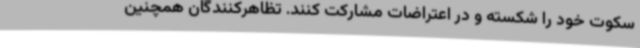
سکوت خود را شکسته و در اعتراضات مشارکت کنند. تظاهرکنندگان همچنین